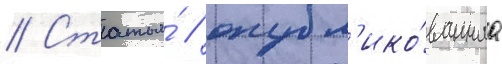
// Статья́ / опубл'ико́ваннаа